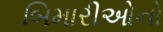
બિમારીઓનો